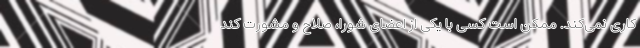
کاری نمی‌کند. ممکن است کسی با یکی از اعضای شورا، صلاح و مشورت کند